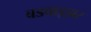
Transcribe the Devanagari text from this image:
बडवाइझर